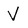
Character: V